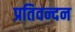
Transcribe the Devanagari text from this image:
प्रतिवन्दन